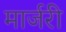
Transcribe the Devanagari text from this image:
मार्जरी